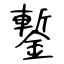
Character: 鏨